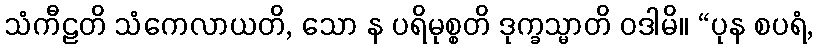
သံကီဠတိ သံကေလာယတိ, သော န ပရိမုစ္စတိ ဒုက္ခသ္မာတိ ဝဒါမိ။ “ပုန စပရံ,